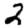
Digit: 2